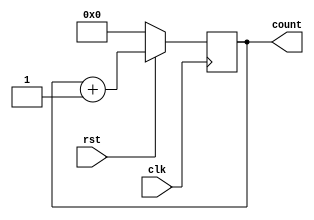
module counter_up (count, clk, rst);

	output [3:0] count;
	input clk, rst;
	
	reg [3:0] count;

	always @(negedge clk) 
	begin
		if (~rst)
			count = 4'b0000;
		else
			count = count + 1;	

	end

endmodule